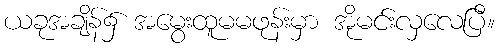
ယခုအချိန်၌ အမွေးထူမမဖုန်းမှာ အိုမင်းလှလေပြီ။